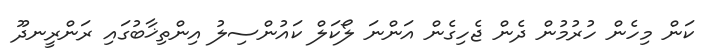
ކަން މިހެން ހުރުމުން ދެން ޖެހިގެން އަންނަ ލޯކަލް ކައުންސިލު އިންތިޚާބުގައި ރަންރީނދޫ